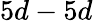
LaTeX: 5d-5d